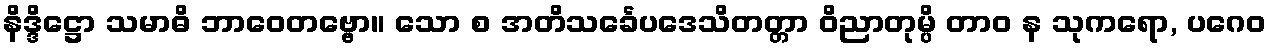
နိဒ္ဒိဋ္ဌော သမာဓိ ဘာဝေတဗ္ဗော။ သော စ အတိသင်္ခေပဒေသိတတ္တာ ဝိညာတုမ္ပိ တာဝ န သုကရော, ပဂေဝ